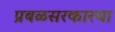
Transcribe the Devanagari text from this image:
प्रबळसरकारचा